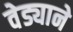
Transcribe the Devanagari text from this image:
वेड्याने